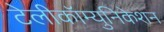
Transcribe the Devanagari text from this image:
टेलीकॉम्युनिकेशन